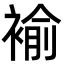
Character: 褕